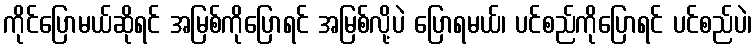
ကိုင်ပြောမယ်ဆိုရင် အမြစ်ကိုပြောရင် အမြစ်လို့ပဲ ပြောရမယ်၊ ပင်စည်ကိုပြောရင် ပင်စည်ပဲ၊